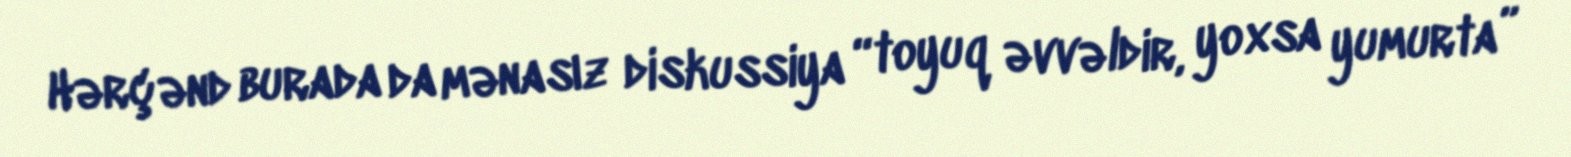
Hərçənd burada da mənasız diskussiya “toyuq əvvəldir, yoxsa yumurta”